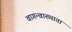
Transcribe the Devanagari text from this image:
वागन्वाख्याता